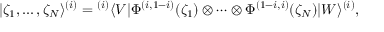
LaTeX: | \zeta _ { 1 } , \ldots , \zeta _ { N } \rangle ^ { ( i ) } = { } ^ { ( i ) } \langle V | \Phi ^ { ( i , 1 - i ) } ( \zeta _ { 1 } ) \otimes \cdots \otimes \Phi ^ { ( 1 - i , i ) } ( \zeta _ { N } ) | W \rangle ^ { ( i ) } ,